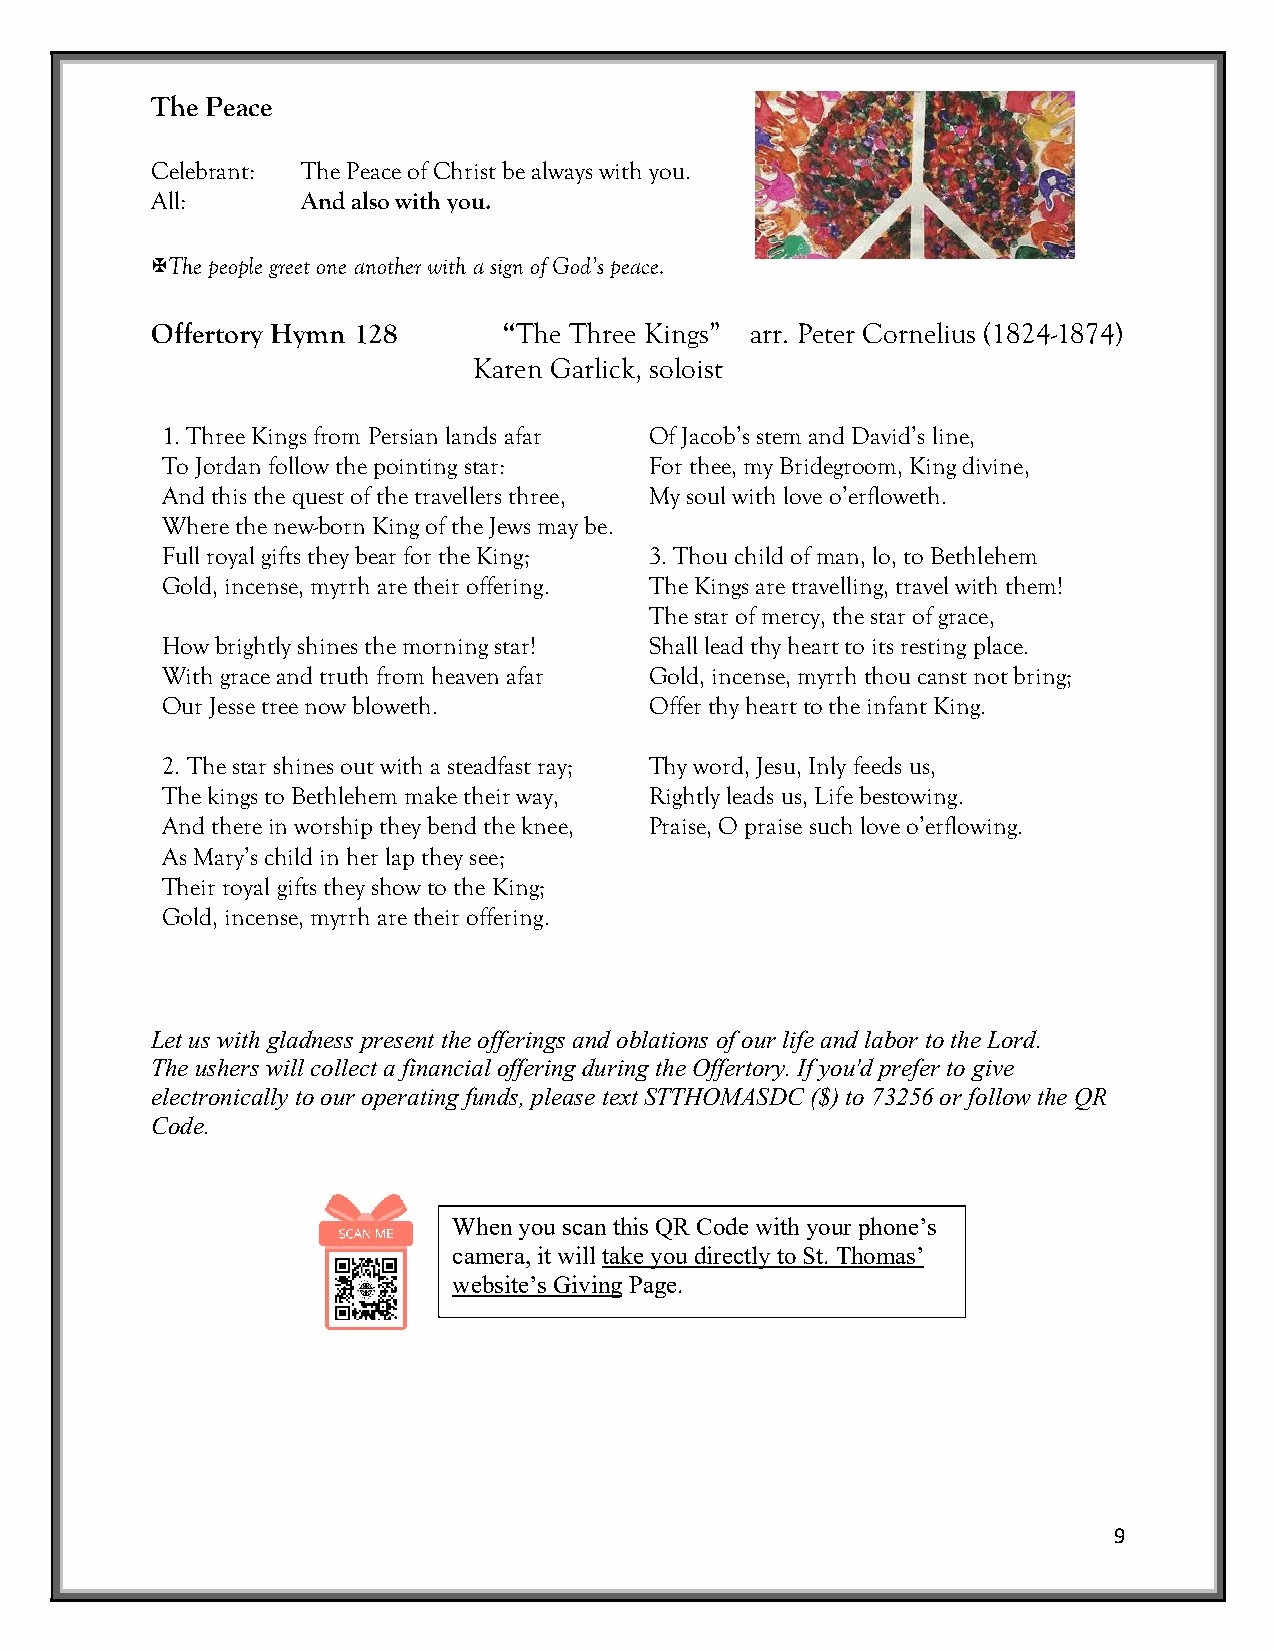
The Peace
 Celebrant: The Peace of Christ be always with you.
 All:      And also with you.
 XThe people greet one another with a sign of God’s peace.
 Offertory Hymn 128     “The Three Kings” arr. Peter Cornelius (1824-1874)
 Karen Garlick, soloist
 1. Three Kings from Persian lands afar Of Jacob’s stem and David’s line,
 To Jordan follow the pointing star: For thee, my Bridegroom, King divine,
 And this the quest of the travellers three, My soul with love o’erfloweth.
 Where the new-born King of the Jews may be.
 Full royal gifts they bear for the King; 3. Thou child of man, lo, to Bethlehem
 Gold, incense, myrrh are their offering. The Kings are travelling, travel with them!
 The star of mercy, the star of grace,
 How brightly shines the morning star! Shall lead thy heart to its resting place.
 With grace and truth from heaven afar Gold, incense, myrrh thou canst not bring;
 Our Jesse tree now bloweth.     Offer thy heart to the infant King.
 2. The star shines out with a steadfast ray; Thy word, Jesu, Inly feeds us,
 The kings to Bethlehem make their way, Rightly leads us, Life bestowing.
 And there in worship they bend the knee, Praise, O praise such love o’erflowing.
 As Mary’s child in her lap they see;
 Their royal gifts they show to the King;
 Gold, incense, myrrh are their offering.
 Let us with gladness present the offerings and oblations of our life and labor to the Lord.
 The ushers will collect a financial offering during the Offertory. If you'd prefer to give
 electronically to our operating funds, please text STTHOMASDC ($) to 73256 or follow the QR
 Code.
 When you scan this QR Code with your phone’s
 camera, it will take you directly to St. Thomas’
 website’s Giving Page.
 9